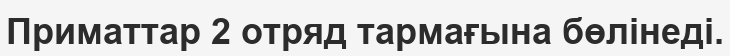
Приматтар 2 отряд тармағына бөлінеді.